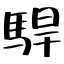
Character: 駻